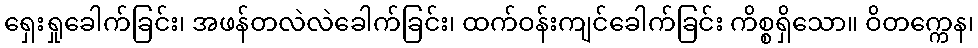
ရှေးရှုခေါက်ခြင်း၊ အဖန်တလဲလဲခေါက်ခြင်း၊ ထက်ဝန်းကျင်ခေါက်ခြင်း ကိစ္စရှိသော။ ဝိတက္ကေန၊